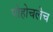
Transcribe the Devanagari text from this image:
पोहोचलेच